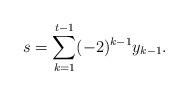
LaTeX: \begin{align*}s=\sum_{k=1}^{t-1}(-2)^{k-1}y_{k-1}.\end{align*}